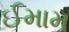
ઈમામ